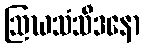
ဩဃသံသီဒနော